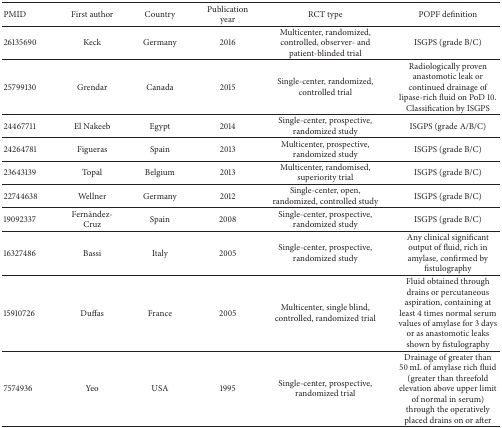
<table><thead><tr><td><b>PMID</b></td><td><b>First author</b></td><td><b>Country</b></td><td><b>Publication year</b></td><td><b>RCT type</b></td><td><b>POPF definition</b></td></tr></thead><tbody><tr><td>26135690</td><td>Keck</td><td>Germany</td><td>2016</td><td>Multicenter, randomized, controlled, observer- and patient-blinded trial</td><td>ISGPS (grade B/C)</td></tr><tr><td>25799130</td><td>Grendar</td><td>Canada</td><td>2015</td><td>Single-center, randomized, controlled trial</td><td>Radiologically proven anastomotic leak or continued drainage of lipase-rich fluid on PoD 10. Classification by ISGPS</td></tr><tr><td>24467711</td><td>El Nakeeb</td><td>Egypt</td><td>2014</td><td>Single-center, prospective, randomized study</td><td>ISGPS (grade A/B/C)</td></tr><tr><td>24264781</td><td>Figueras</td><td>Spain</td><td>2013</td><td>Multicenter, prospective, randomized study</td><td>ISGPS (grade B/C)</td></tr><tr><td>23643139</td><td>Topal</td><td>Belgium</td><td>2013</td><td>Multicenter, randomised, superiority trial</td><td>ISGPS (grade B/C)</td></tr><tr><td>22744638</td><td>Wellner</td><td>Germany</td><td>2012</td><td>Single-center, open, randomized, controlled study</td><td>ISGPS (grade B/C)</td></tr><tr><td>19092337</td><td>Fernàndez-Cruz</td><td>Spain</td><td>2008</td><td>Single-center, prospective, randomized study</td><td>ISGPS (grade B/C)</td></tr><tr><td>16327486</td><td>Bassi</td><td>Italy</td><td>2005</td><td>Single-center, prospective, randomized study</td><td>Any clinical significant output of fluid, rich in amylase, confirmed by fistulography</td></tr><tr><td>15910726</td><td>Duffas</td><td>France</td><td>2005</td><td>Multicenter, single blind, controlled, randomized trial</td><td>Fluid obtained through drains or percutaneous aspiration, containing at least 4 times normal serum values of amylase for 3 days or as anastomotic leaks shown by fistulography</td></tr><tr><td>7574936</td><td>Yeo</td><td>USA</td><td>1995</td><td>Single-center, prospective, randomized trial</td><td>Drainage of greater than 50 mL of amylase rich fluid (greater than threefold elevation above upper limit of normal in serum) through the operatively placed drains on or after</td></tr></tbody></table>